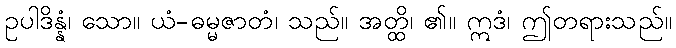
ဥပါဒိန္နံ၊ သော။ ယံ-ဓမ္မဇာတံ၊ သည်။ အတ္ထိ၊ ၏။ ဣဒံ၊ ဤတရားသည်။